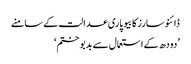
ڈائنوسارز کا بیوپاری عدالت کے سامنے
’دودھ کے استعمال سے بدبو ختم‘